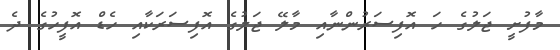
މާފުށީ ޖަލުގެ ހަ އޮފިސަރުންނާއި މާލޭ ޖަލުގެ އޮފިސަރަކާއި ހެޑް އޮފީހުގެ ދެ